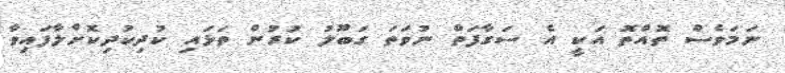
ނަމަވެސް ތޮއްތޮ އަކީ އެ ސަގާފަތް ނުވަތަ ގަބޫލު ކުރުން ތަޅައި ކުދިކުދިކޮށްލާފައިވާ